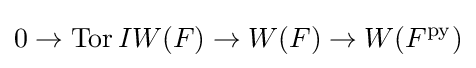
0\rightarrow \operatorname {Tor} IW(F)\rightarrow W(F)\rightarrow W(F^{\mathrm {py} })